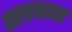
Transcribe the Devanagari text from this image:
अरकाट